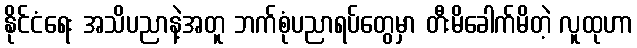
နိုင်ငံရေး အသိပညာနဲ့အတူ ဘက်စုံပညာရပ်တွေမှာ တီးမိခေါက်မိတဲ့ လူထုဟာ